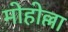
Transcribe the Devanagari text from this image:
मोहोल्ला